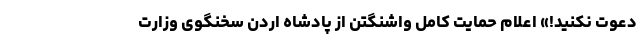
دعوت نکنید!» اعلام حمایت کامل واشنگتن از پادشاه اردن سخنگوی وزارت